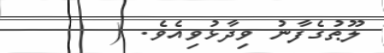
ލޫޠުގެފާނު ވިދާޅުވިއެވެ. (